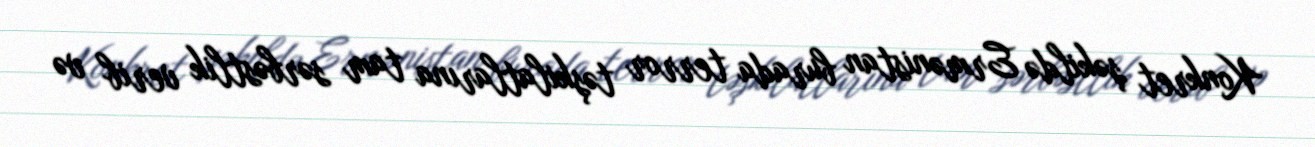
Konkret şəkildə Ermənistan burada terror təşkilatlarına tam sərbəstlik verib və